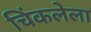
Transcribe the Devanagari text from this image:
चिंकलेला